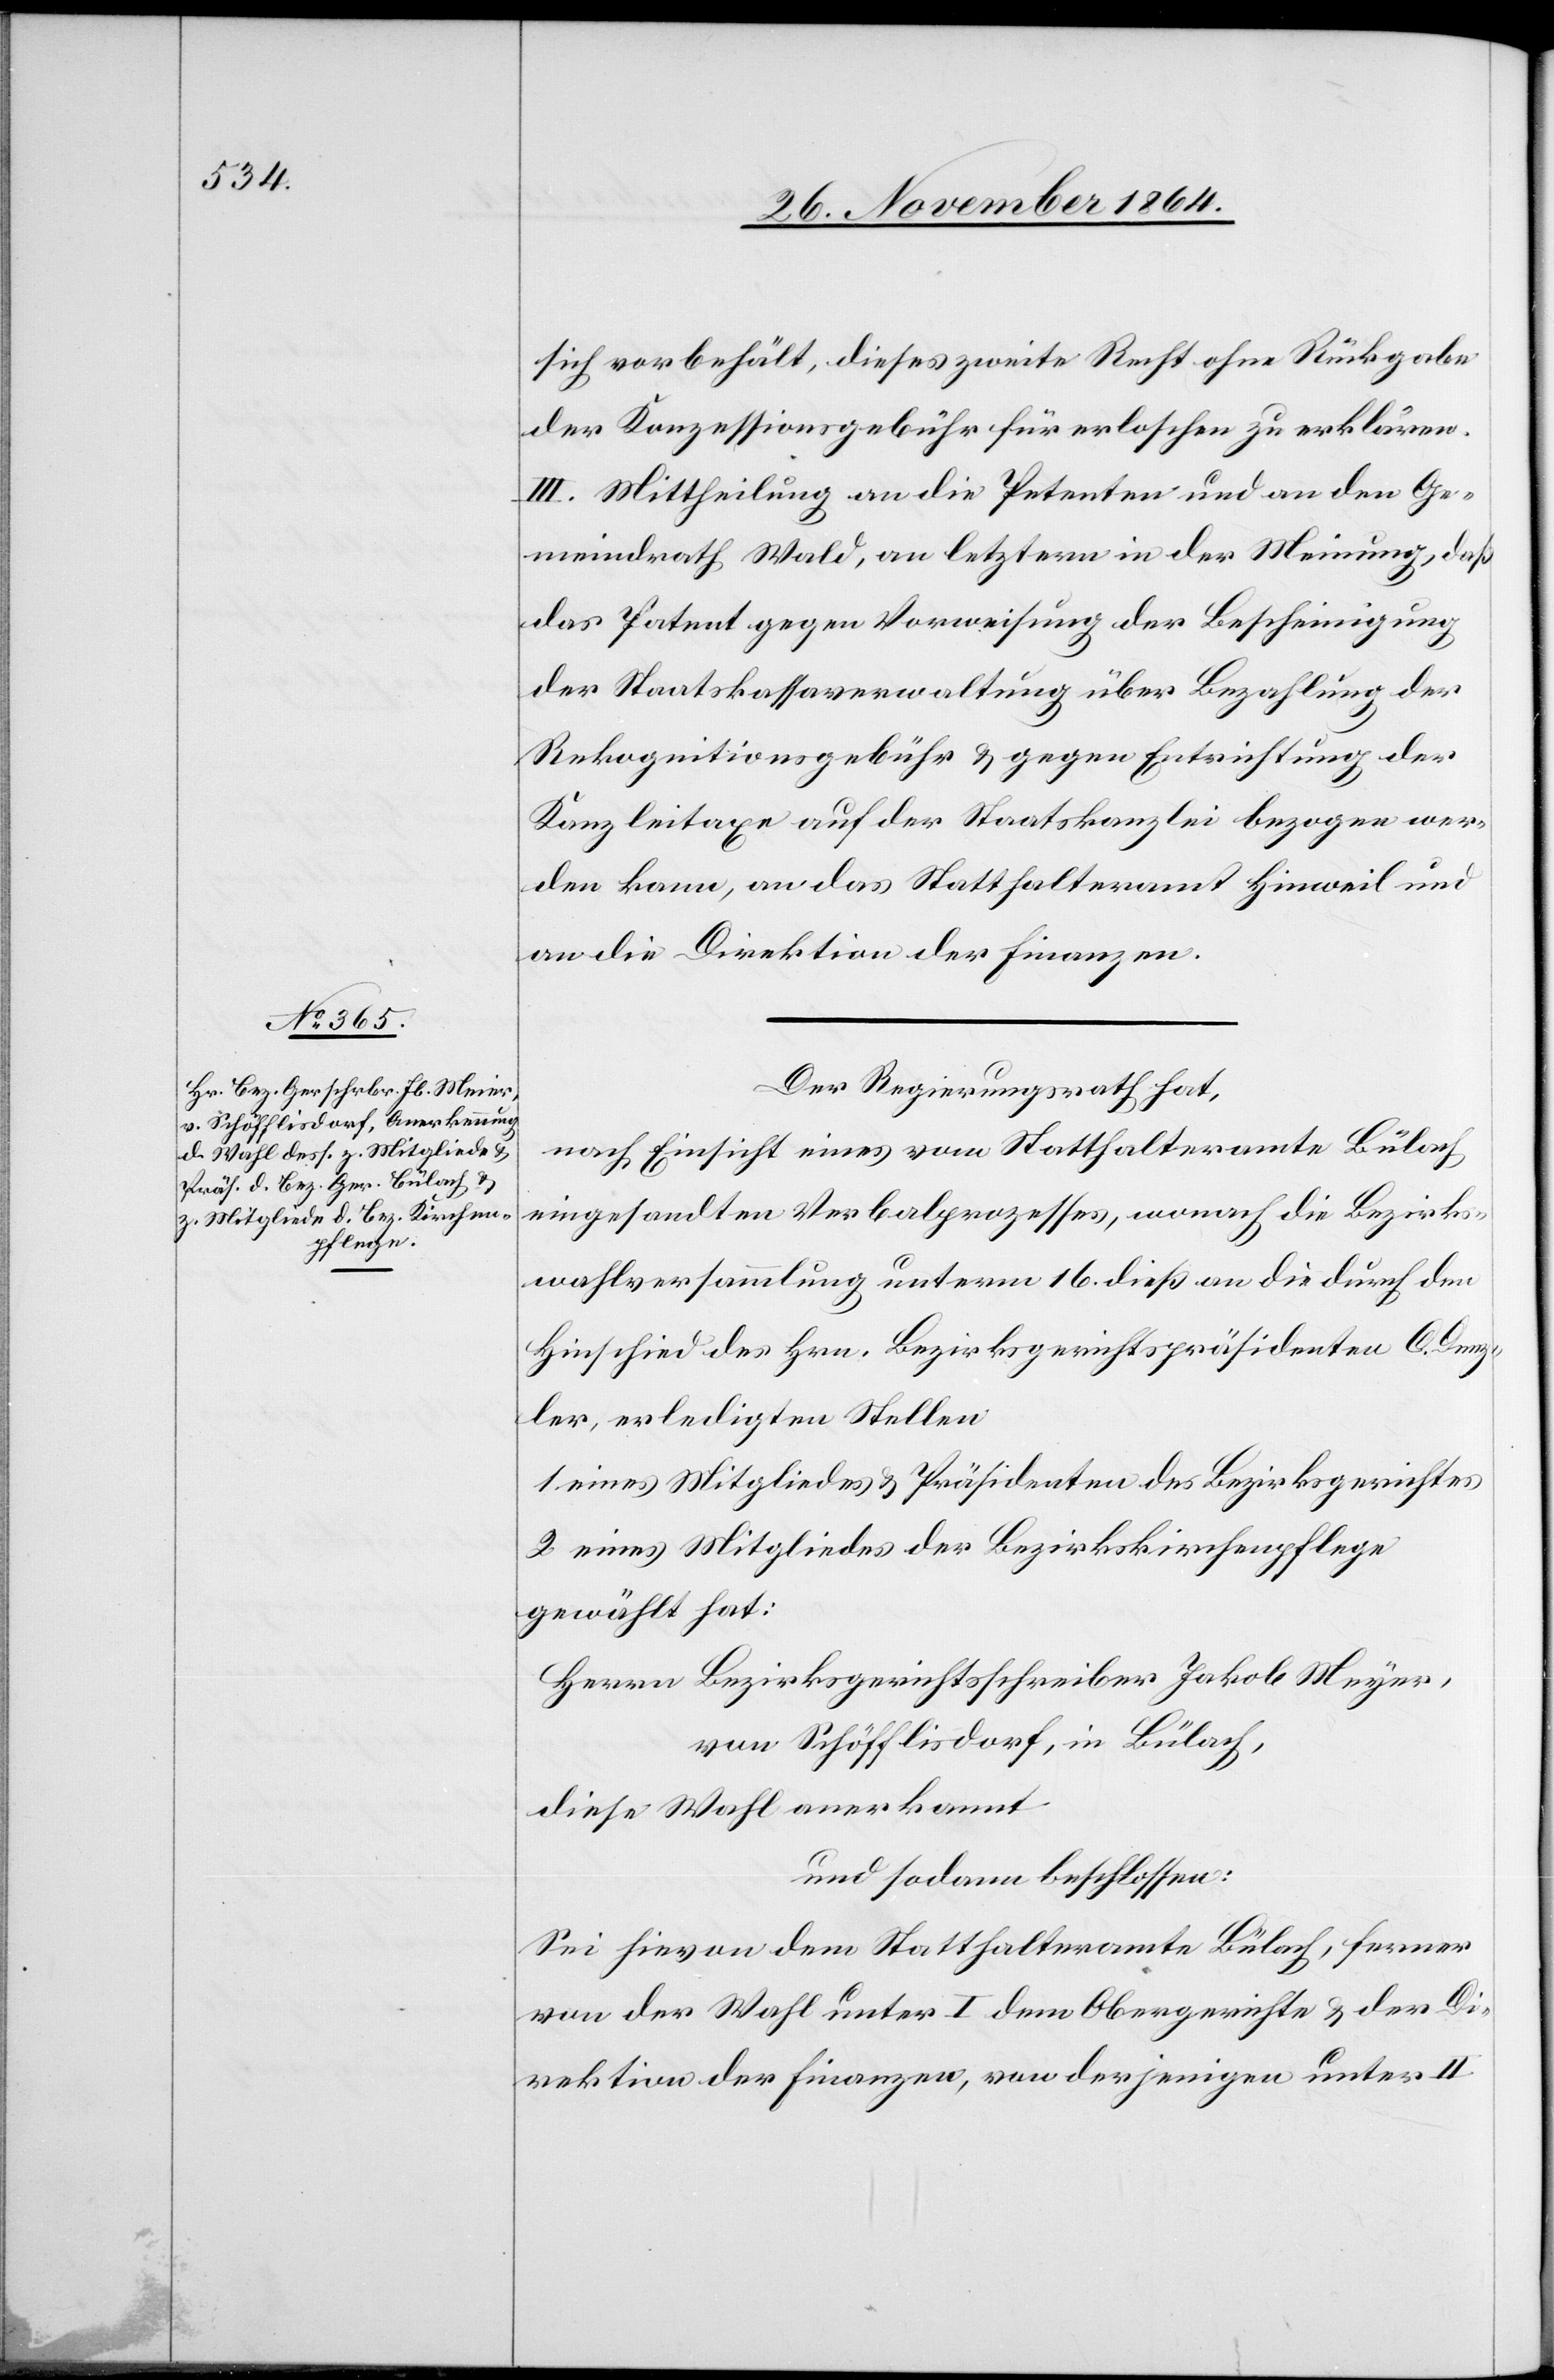
inung,

sich vorbehält, dieses zweite Recht ohne Rückgabe
der Konzessionsgebühr für erloschen zu erklären.
III. Mittheilung an die Petenten in der Me¬
das Patent gegen Vorweisung der Bescheinigung
der Staatskassaverwaltung über Bezahlung der
Rekognitionsgebühr & gegen Entrichtung der
Kanzleitaxe auf der Staatskanzlei bezogen wer¬
den kann, an das Statthalteramt Hinweil und
an die Direktion der Finanzen.
Der Regierungsrath hat,
nach Einsicht eines vom Statthalteramt Bülach
eingesandten Verbalprozesses, wonach die Bezirks¬
wahlversammlung unterm 16. dieß an die durch den
Hinschied des Hrn. Bezirksgerichtspräsidenten C. Denz¬
ler, erledigten Stellen
1. eines Mitgliedes & Präsidenten des Bezirksgerichtes
2. eines Mitgliedes der Bezirkskirchenpflege
gewählt hat:
Herrn Bezirksgerichtsschreiber Jakob Meyer,
von Schöfflisdorf, in Bülach,
diese Wahl anerkannt
und sodann beschlossen:
Sei hievon dem Statthalteramte Bülach, ferner
von der Wahl unter I dem Obergerichte & der Di¬
rektion der Finanzen, von derjenigen unter II